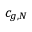
c _ { g , N }